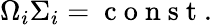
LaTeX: \Omega_{i}\Sigma_{i}=\mathrm{~c~o~n~s~t~.~}